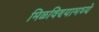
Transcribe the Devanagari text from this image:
मिळविण्यामध्ये